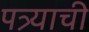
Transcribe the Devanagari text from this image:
पत्र्याची